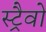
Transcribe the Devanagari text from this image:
स्ट्रैवो